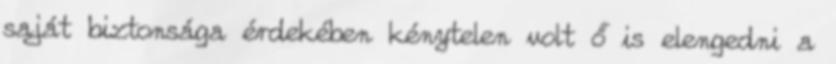
saját biztonsága érdekében kénytelen volt ő is elengedni a